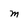
Character: M